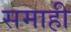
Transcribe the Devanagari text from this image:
समाही